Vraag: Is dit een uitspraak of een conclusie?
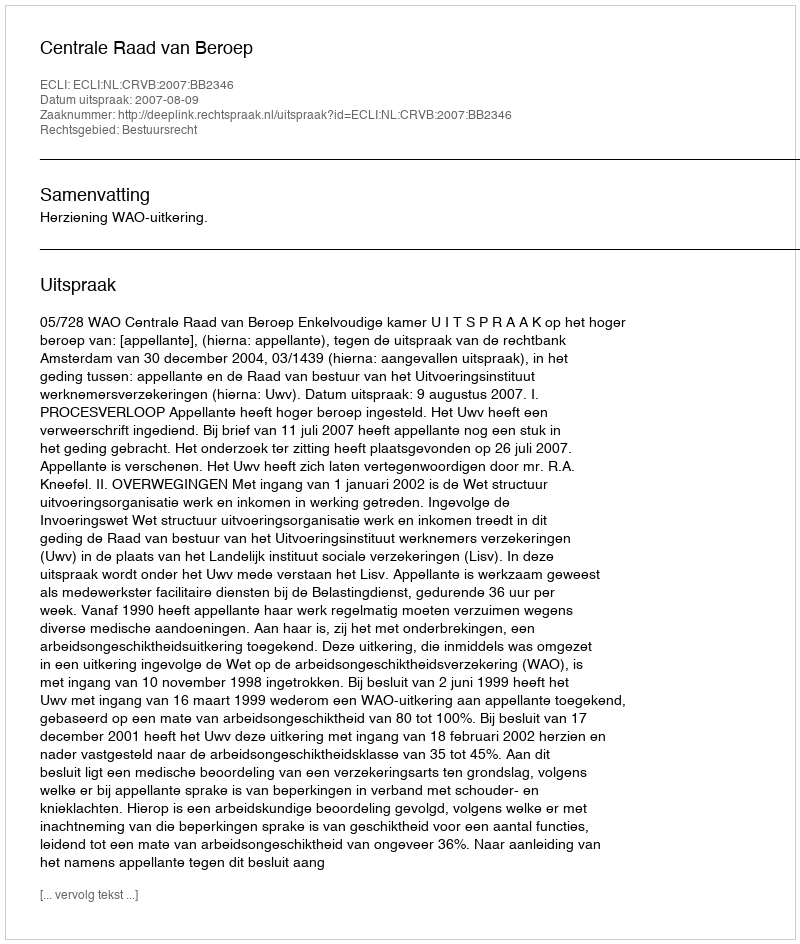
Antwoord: Uitspraak